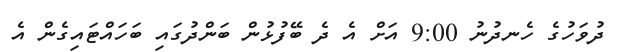
ދުވަހުގެ ހެނދުނު 9:00 އަށް އެ ދެ ބޭފުޅުން ބަންދުގައި ބަހައްޓައިގެން އެ